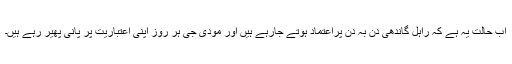
اب حالت یہ ہے کہ راہل گاندھی دن بہ دن پراعتماد ہوتے جارہے ہیں اور مودی جی ہر روز اپنی اعتباریت پر پانی پھیر رہے ہیں۔